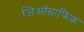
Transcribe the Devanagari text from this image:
जिऑग्राफिक